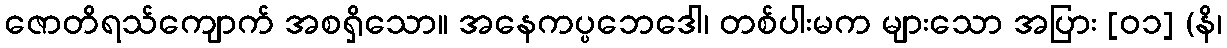
ဇောတိရသ်ကျောက် အစရှိသော။ အနေကပ္ပဘေဒေါ၊ တစ်ပါးမက များသော အပြား [၀၁] (နိ၊